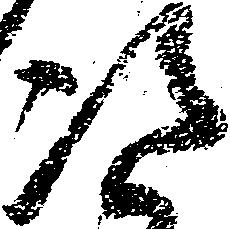
次